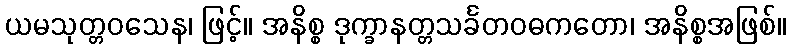
ယမသုတ္တဝသေန၊ ဖြင့်။ အနိစ္စ ဒုက္ခာနတ္တသင်္ခတဝဓကတော၊ အနိစ္စအဖြစ်။